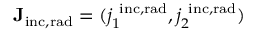
\mathbf { J _ { \mathrm { { i n c , r a d } } } } = ( j _ { 1 } ^ { ~ \mathrm { { i n c , r a d } } } , j _ { 2 } ^ { \mathrm { { ~ i n c , r a d } } } )